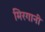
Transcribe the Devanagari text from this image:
मिरगानी